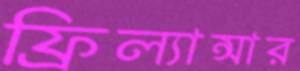
ফ্রিল্যান্সার